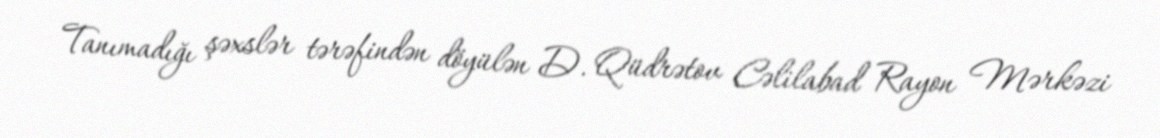
Tanımadığı şəxslər tərəfindən döyülən D. Qüdrətov Cəlilabad Rayon Mərkəzi